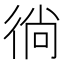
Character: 徜